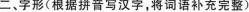
二、字形(根据拼音写汉字，将词语补充完整)